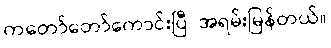
ကတော်တော်ကောင်းပြီ: အရမ်းမြန်တယ်။